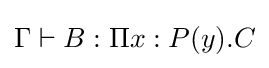
\Gamma \vdash B:\Pi x:P(y).C